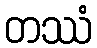
တဿံ